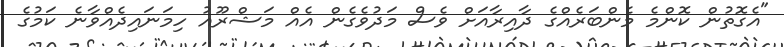
"އެގޮތުން ކޮންމެ މެންބަރެއްގެ ދާއިރާއަށް ވެސް މަދުވެގެން އެއް މަޝްރޫއު ހިމަނައިދެއްވާނެ ކަމުގެ